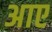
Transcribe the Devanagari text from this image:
अाए